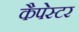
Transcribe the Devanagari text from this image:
कैपेस्टर